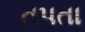
તપતા